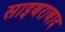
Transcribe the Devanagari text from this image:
साइबराबाद